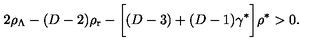
2 \rho _ { \Lambda } - ( D - 2 ) \rho _ { \mathrm { r } } - \biggl [ ( D - 3 ) + ( D - 1 ) \gamma ^ { * } \biggr ] \rho ^ { * } > 0 .